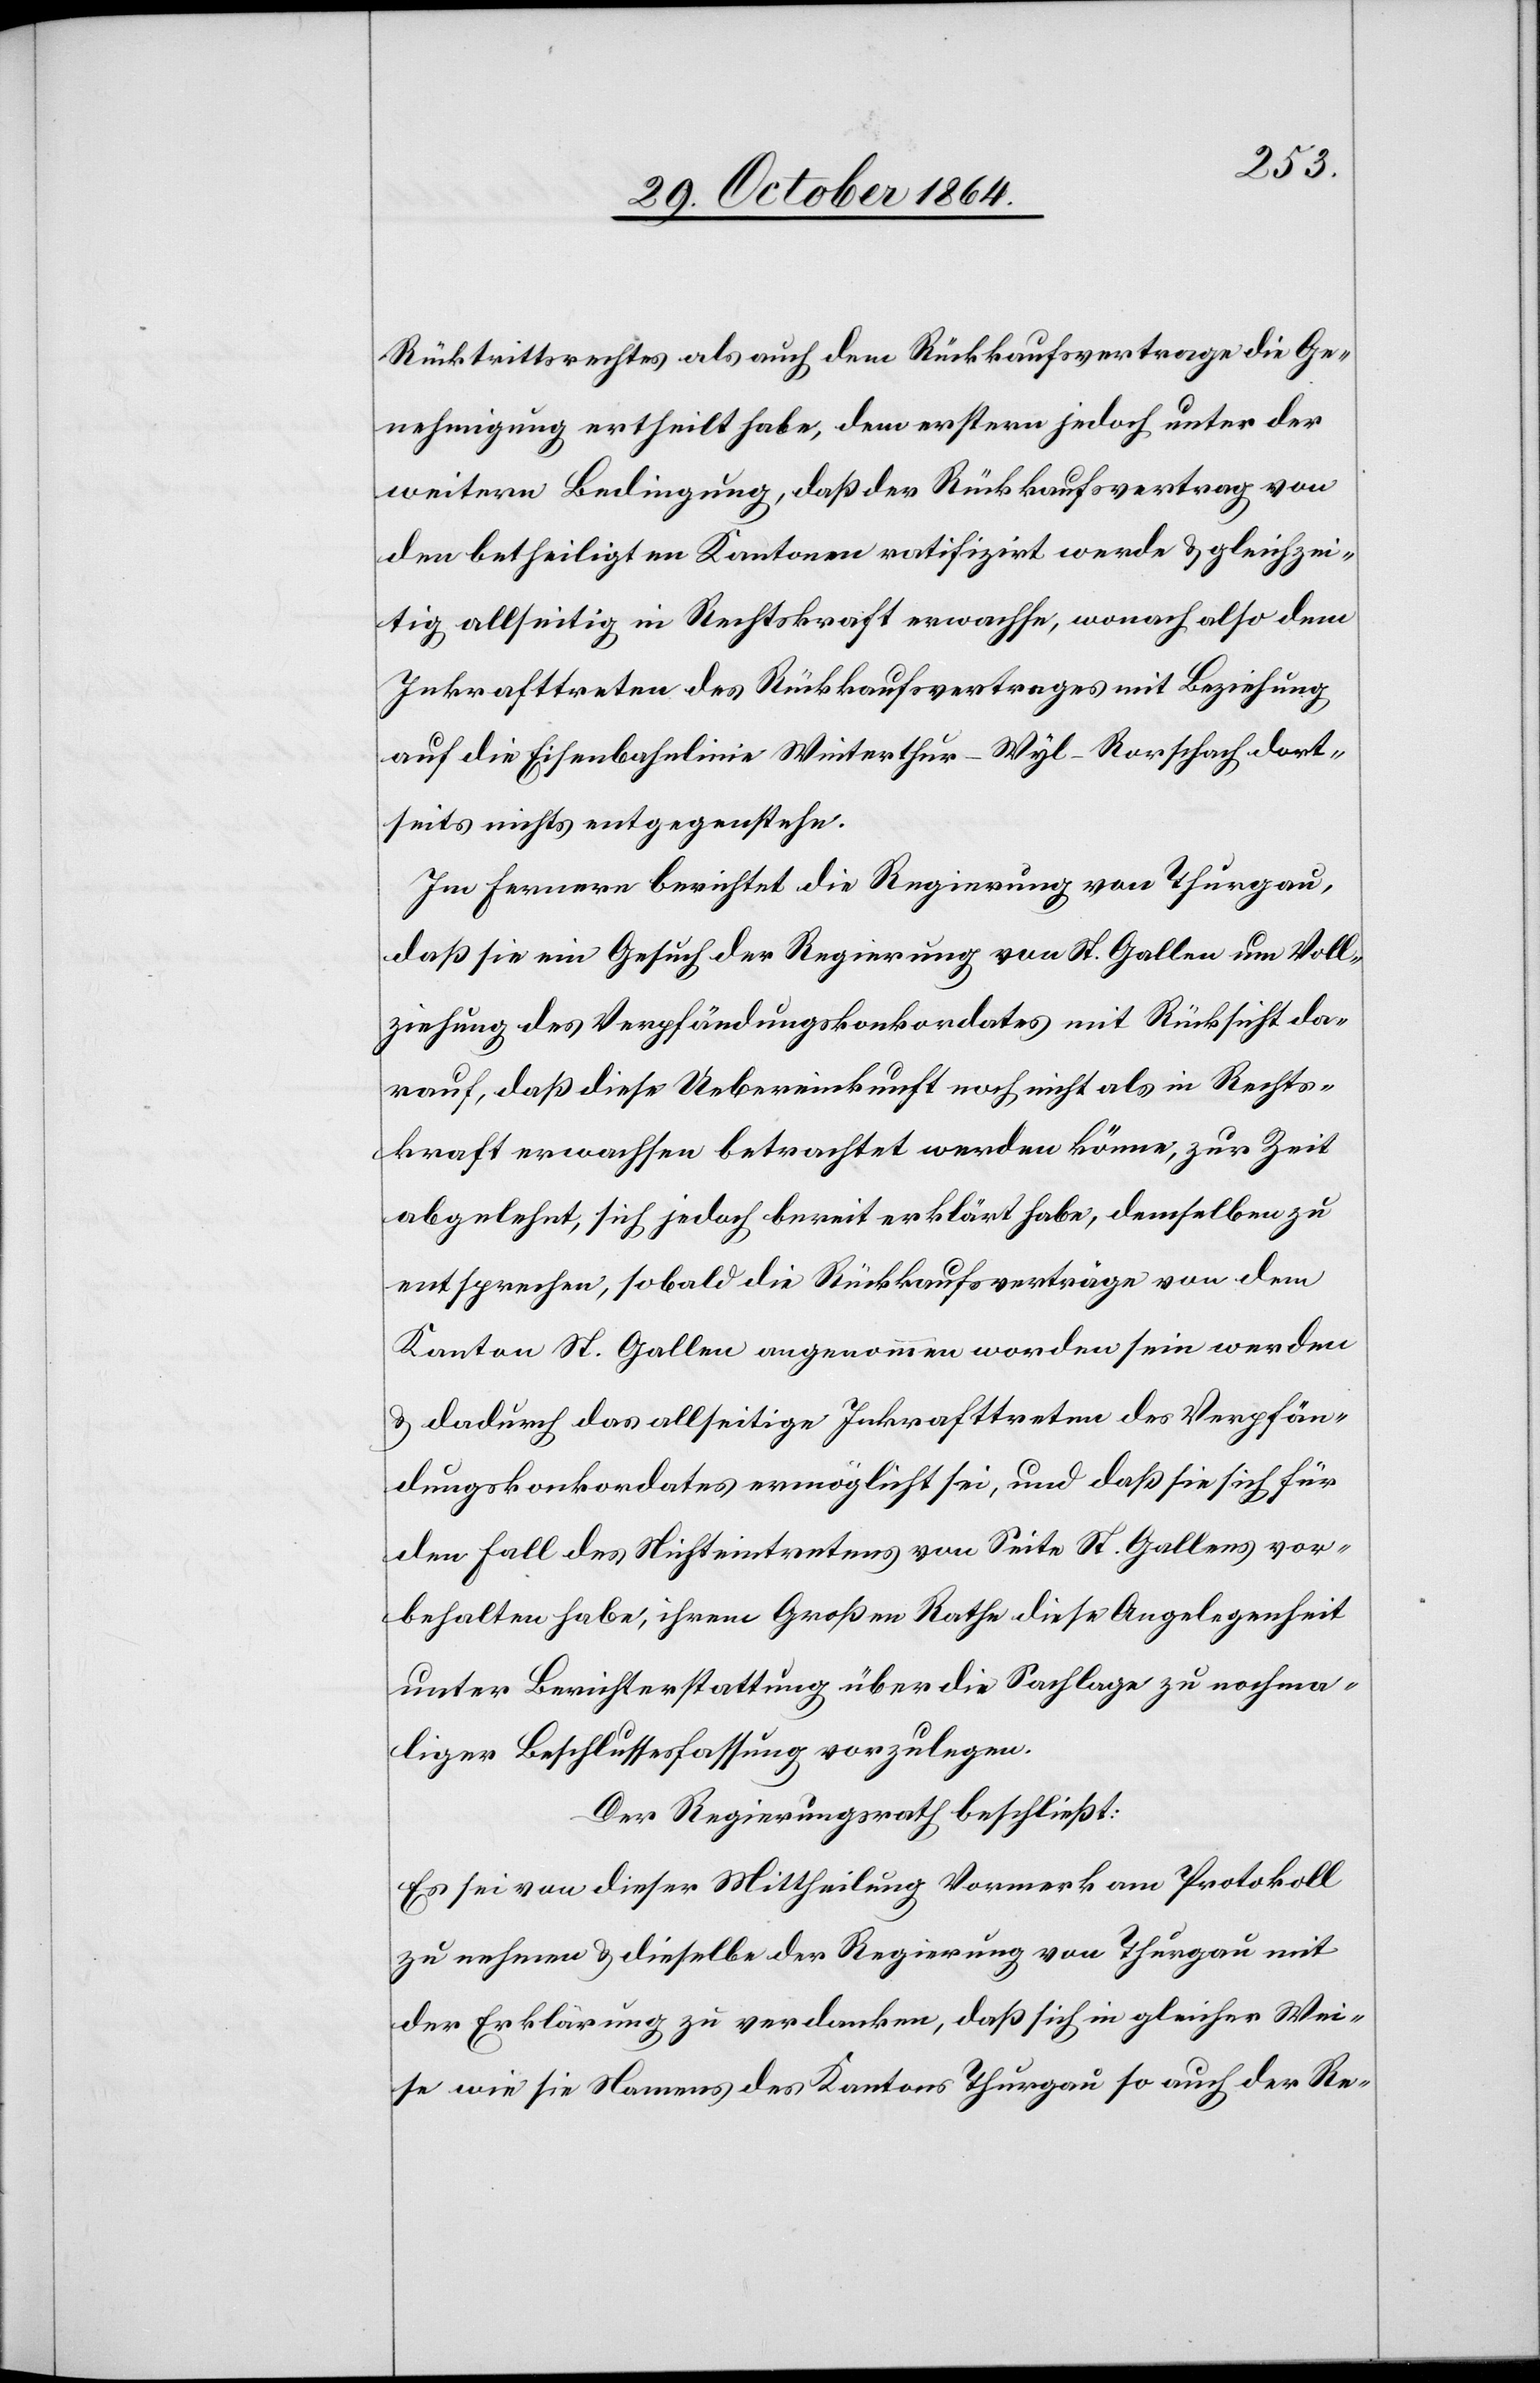
Rücktrittsrechtes als auch dem Rückkaufsvertrage die Ge¬
nehmigung ertheilt habe, dem erstern jedoch unter der
weitern Bedingung, daß der Rückkaufsvertrag von
den betheiligten Kantonen ratifizirt werde & gleichzei¬
tig allseitig in Rechtskraft erwachse, wonach also dem
Inkrafttreten des Rückkaufsvertrages mit Beziehung
auf die Eisenbahnlinie Winterthur–Wyl–Rorschach dort¬
seits nichts entgegenstehe.
Im Fernern berichtet die Regierung von Thurgau,
daß sie ein Gesuch der Regierung von St. Gallen um Voll¬
ziehung des Verpfändungskonkordates mit Rücksicht da¬
rauf, daß diese Uebereinkunft noch nicht als in Rechts¬
kraft erwachsen betrachtet werden könne, zur Zeit
abgelehnt, sich jedoch bereit erklärt habe, demselben zu
entsprechen, sobald die Rückkaufsverträge von dem
Kanton St. Gallen angenommen worden sein werden
& dadurch das allseitige Inkrafttreten des Verpfän¬
dungskonkordates ermöglicht sei, und daß sie sich für
den Fall des Nichteintretens von Seite St. Gallens vor¬
behalten habe, ihrem Großen Rathe diese Angelegenheit
unter Berichterstattung über die Sachlage zu nochma¬
liger Beschlussfassung vorzulegen.
Der Regierungsrath beschließt:
Es sei von dieser Mittheilung Vormerk am Protokoll
zu nehmen & dieselbe der Regierung von Thurgau mit
der Erklärung zu verdanken, daß sich in gleicher Wei¬
se wie sie Namens des Kantons Thurgau so auch der Re-